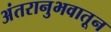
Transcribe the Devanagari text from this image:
अंतरानुभवातून